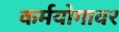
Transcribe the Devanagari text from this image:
कर्मयोगावर